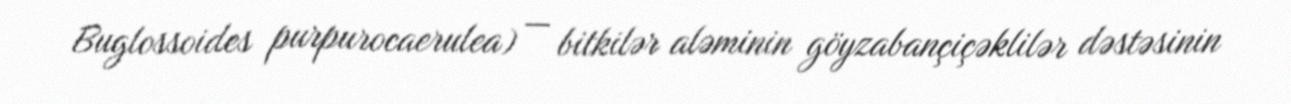
Buglossoides purpurocaerulea) — bitkilər aləminin göyzabançiçəklilər dəstəsinin